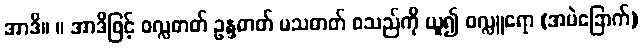
အာဒိ။ ။ အာဒိဖြင့် ဝလ္လဓာတ် ဥန္ဒဓာတ် မသဓာတ် စသည်ကို ယူ၍ ဝလ္လူရော (အမဲခြောက်)